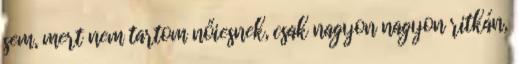
sem, mert nem tartom nőiesnek, csak nagyon nagyon ritkán,